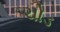
ચોડ